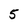
Character: 5